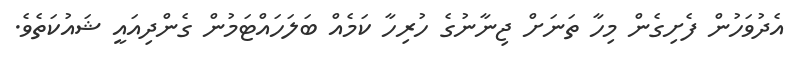
އެދުވަހުން ފެށިގެން މިހާ ތަނަށް ޖިނާނުގެ ހުރިހާ ކަމެއް ބަލަހައްޓަމުން ގެންދިއައީ ޝައުކަތެވެ.